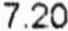
7.20